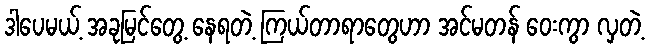
ဒါပေမယ့် အခုမြင်တွေ့ နေရတဲ့ ကြယ်တာရာတွေဟာ အင်မတန် ဝေးကွာ လှတဲ့